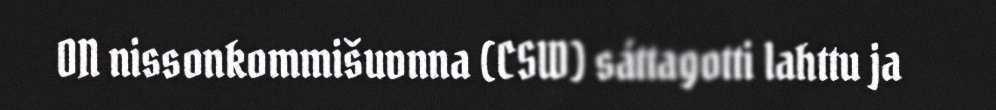
ON nissonkommišuvnna (CSW) sáttagotti lahttu ja